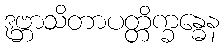
ဒုဗ္ဘာသိတာပတ္တိက္ခန္ဓေန